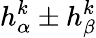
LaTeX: h_{\alpha}^{k}\pm h_{\beta}^{k}